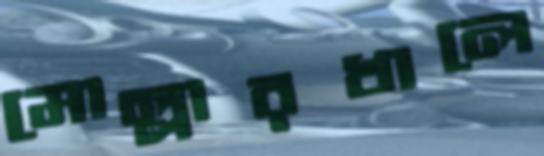
মোল্লারখালে